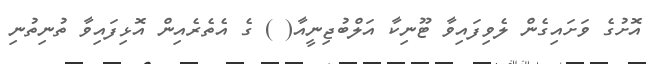
އޮށުގެ ވަށައިގެން ލެވިފައިވާ ޓޫނިކާ އަލްބުޖިނީއާ( ) ގެ އެތެރެއިން އޮޅިފައިވާ ތުނިތުނި